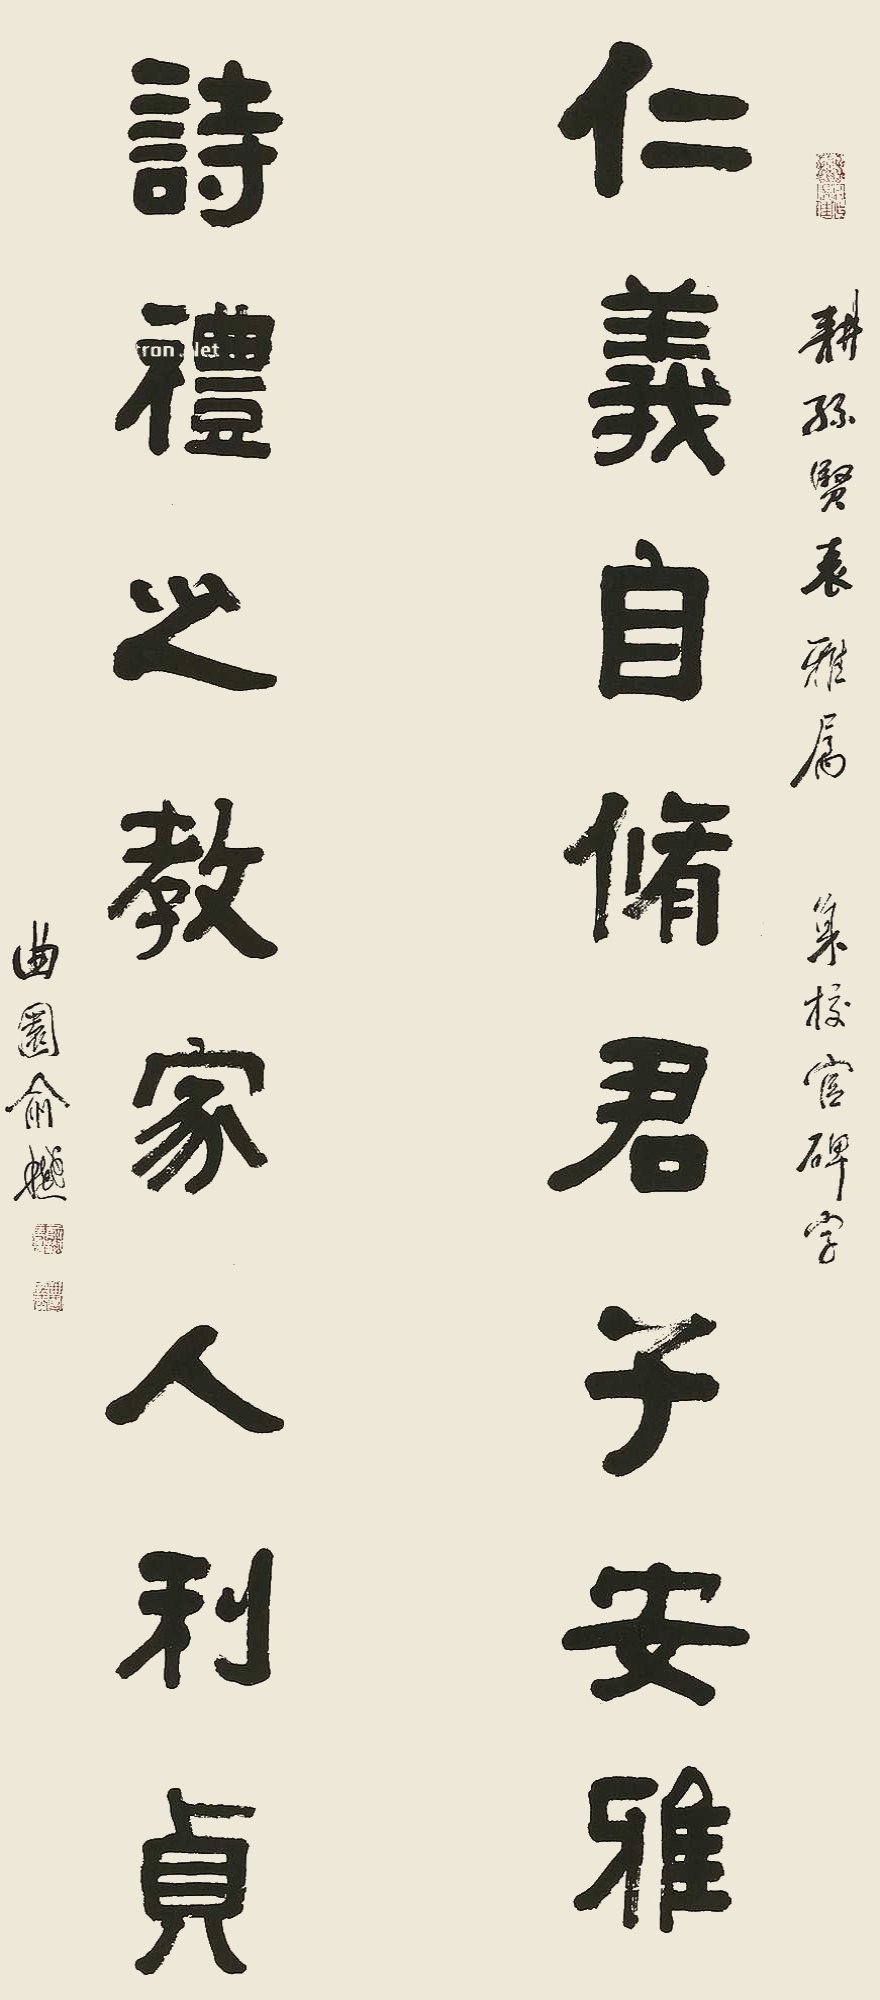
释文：仁义自修君子安雅,诗礼之教家人利贞。耕孙贤表雅属，集校官碑字，曲园俞樾。